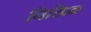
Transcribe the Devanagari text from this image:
निखिळ